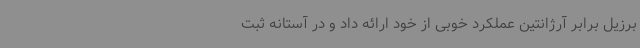
برزیل برابر آرژانتین عملکرد خوبی از خود ارائه داد و در آستانه ثبت